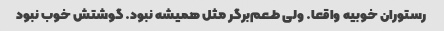
رستوران خوبیه واقعا. ولی طعم‌برگر مثل همیشه نبود. گوشتش خوب نبود